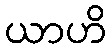
ယာဟိ